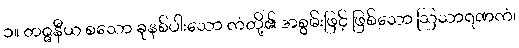
၁။ တဇ္ဇနီယ စသော ခုနစ်ပါးသော ကံတို့၏ အစွမ်းဖြင့် ဖြစ်သော ဩသာရဏကံ၊